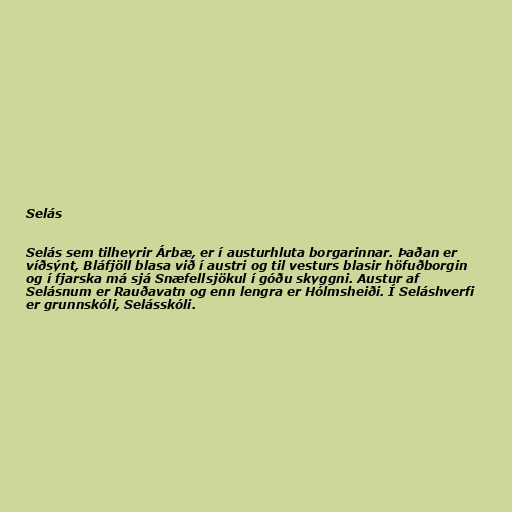
Selás

Selás sem tilheyrir Árbæ, er í austurhluta borgarinnar. Þaðan er
víðsýnt, Bláfjöll blasa við í austri og til vesturs blasir höfuðborgin
og í fjarska má sjá Snæfellsjökul í góðu skyggni. Austur af
Selásnum er Rauðavatn og enn lengra er Hólmsheiði. Í Seláshverfi
er grunnskóli, Selásskóli.